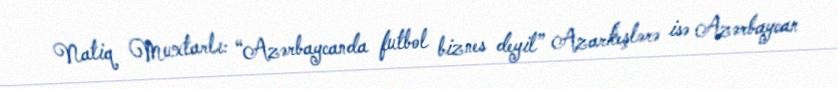
Natiq Muxtarlı: “Azərbaycanda futbol biznes deyil” Azarkeşlərə isə Azərbaycan